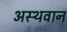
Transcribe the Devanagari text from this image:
अस्थवान